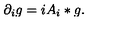
\partial _ { i } g = i A _ { i } * g .